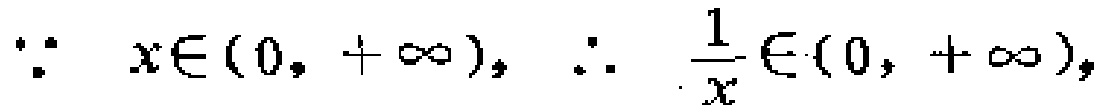
\(\because x\in(0, +\infty), \therefore \frac{1}{x}\in(0, +\infty),\)